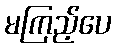
မကြည့်ပေ